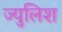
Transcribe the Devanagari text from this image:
ज्युलिश